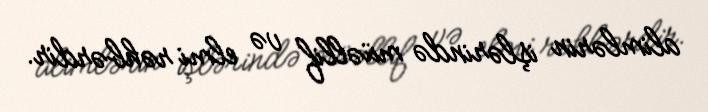
alimlərin işlərində müəllif və elmi rəhbərdir.